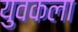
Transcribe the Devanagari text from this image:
युवकला